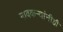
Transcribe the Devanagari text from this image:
गावकऱ्यांनीही